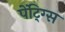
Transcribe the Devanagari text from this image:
पेंटि्ग्स